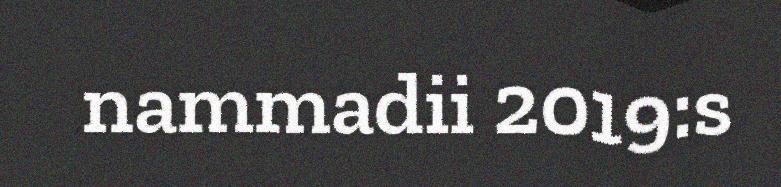
nammadii 2019:s